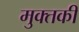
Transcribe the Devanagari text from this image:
मुक्तकी